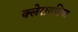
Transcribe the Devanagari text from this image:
क्लेरायडिया